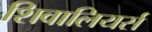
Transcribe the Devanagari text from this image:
शिवालियर्स